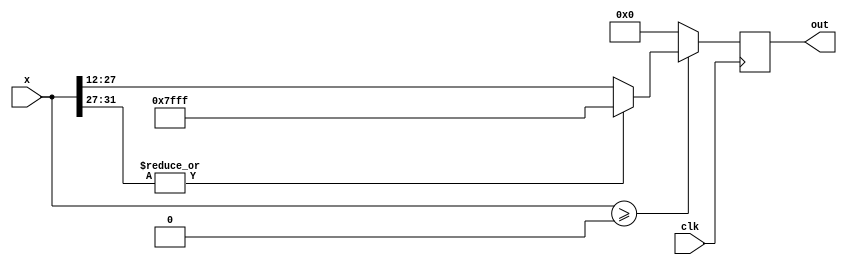
//////////////////////////////////////////////////////////////////////////////////
// Company: 
// Engineer: 
// 
// Design Name: 
// Module Name: relu
// Project Name: 
// Target Devices: 
// Tool Versions: 
// Description: 
// 
// Dependencies: 
// 
// Revision:
// Revision 0.01 - File Created
// Additional Comments:
// 
//////////////////////////////////////////////////////////////////////////////////

module ReLU  #(parameter dataWidth=16,weightIntWidth=4) (
    input           clk,
    input   [2*dataWidth-1:0]   x,
    output  reg [dataWidth-1:0]  out
);


always @(posedge clk)
begin
    if($signed(x) >= 0)
    begin
        if(|x[2*dataWidth-1-:weightIntWidth+1]) //over flow to sign bit of integer part
            out <= {1'b0,{(dataWidth-1){1'b1}}}; //positive saturate
        else
            out <= x[2*dataWidth-1-weightIntWidth-:dataWidth];
    end
    else 
        out <= 0;      
end

endmodule